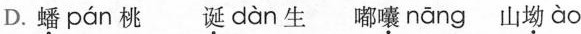
D.蟠 pán 桃 诞 dàn 生嘟囔 nāng 山坳ào